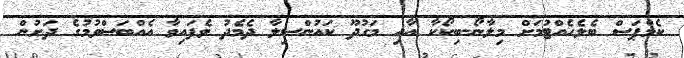
ކެމްޕަސް ބެލެހެއްޓުމަށް މިލާނޯ-ބިކޯކާ އާއި މަގުދޫ ކައުންސިލާ ދެމެދު ވެފައިވާ އެއްބަސްވުމުގެ ދަށުން